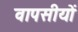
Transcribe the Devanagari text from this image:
वापसीयों